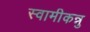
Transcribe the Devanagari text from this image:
स्वामीकन्नु